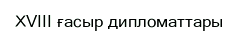
XVIII ғасыр дипломаттары